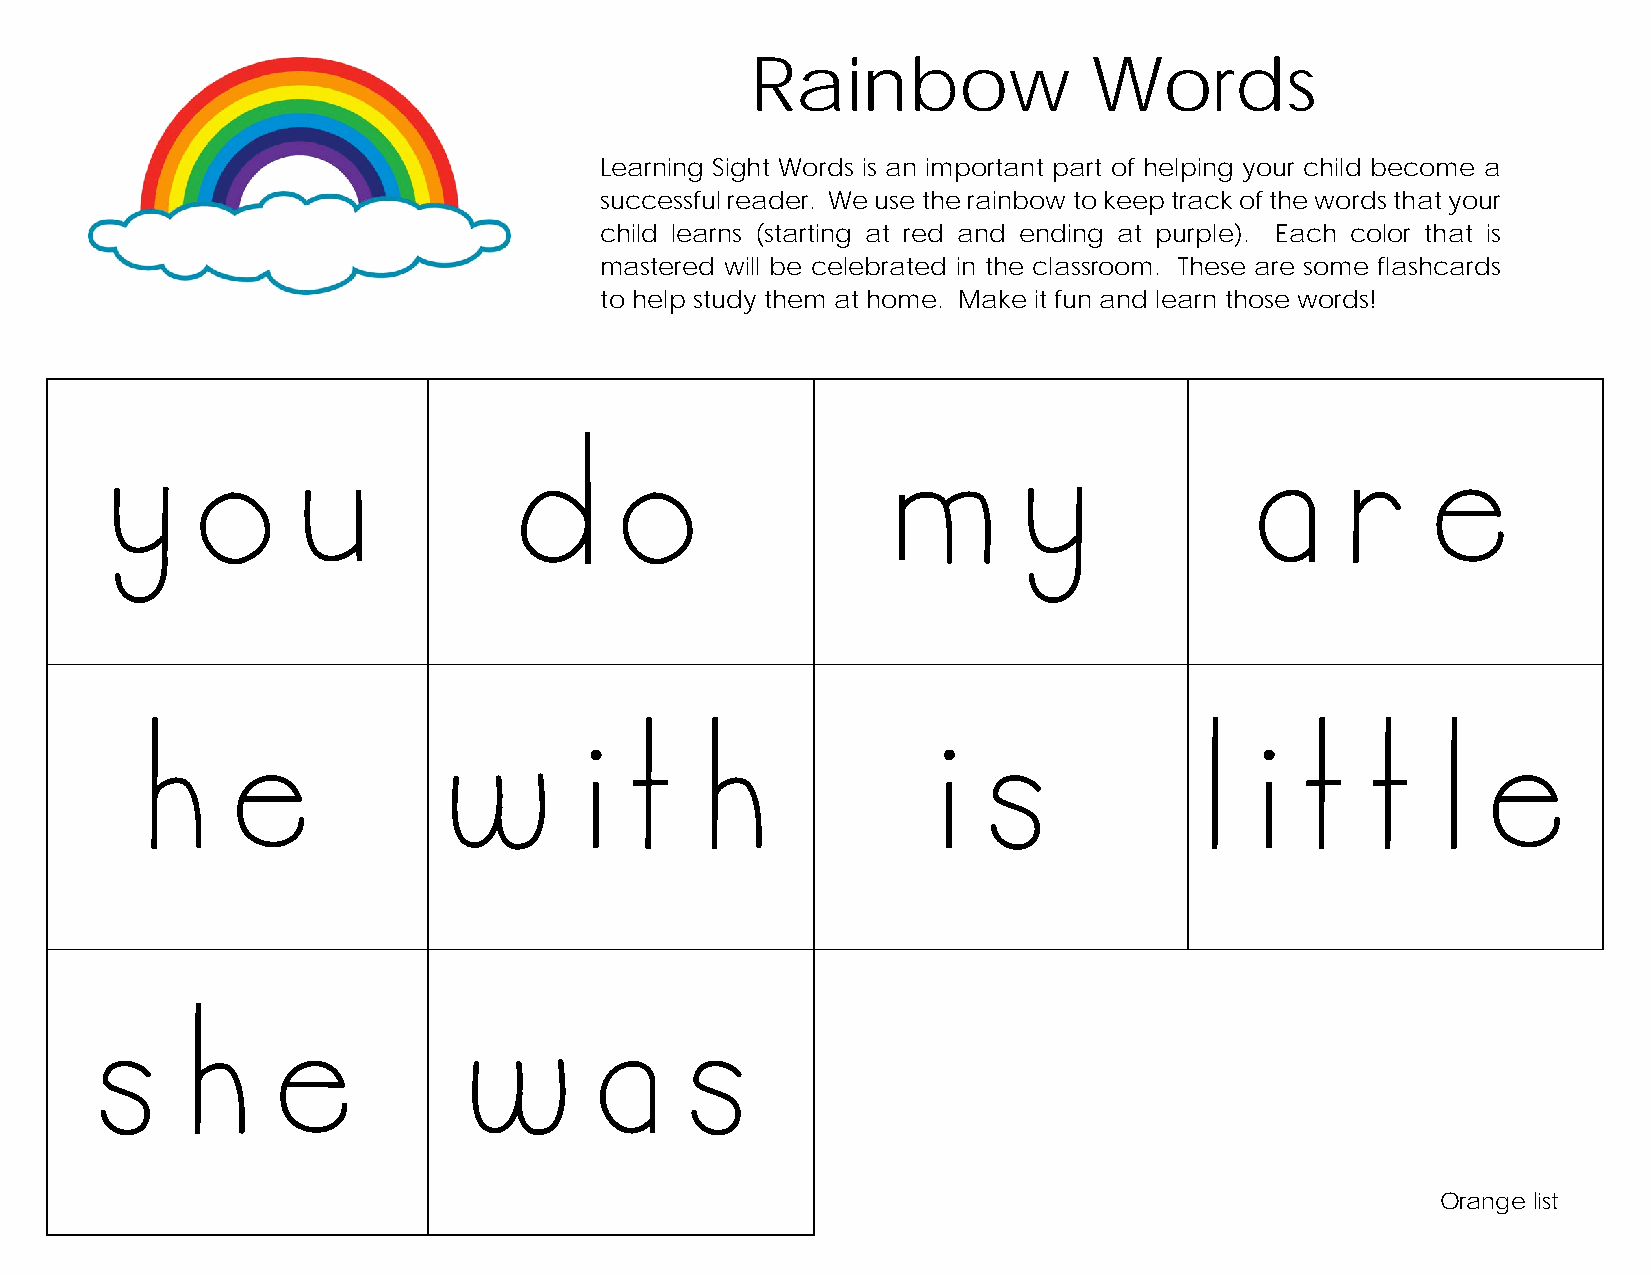
Rainbow               Words
 Learning Sight Words is an important part of helping your child become a
 successful reader. We use the rainbow to keep track of the words that your
 child learns (starting at red and ending at purple). Each color that is
 mastered will be celebrated in the classroom. These are some flashcards
 to help study them at home. Make it fun and learn those words!
 you                        do                       my                      are
 he                   with                            is               little
 she                      was
 Orange list